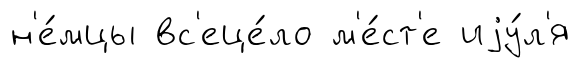
н'е́мцы вс'еце́ло м'е́ст'е иjу́л'я